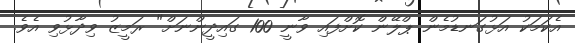
އެކަމަކު އަޅުގަނޑުމެން ޕްލޭން ކޮށްފައި ވާނީ 100 ގައިދީންނަށް" ރަމީޒު ވިދާޅުވި އެވެ.